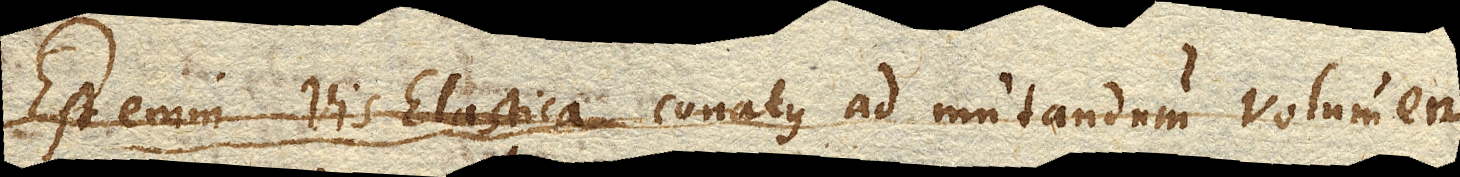
Est enim Vis Elasticaconatus ad mutandum Volumen,